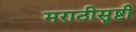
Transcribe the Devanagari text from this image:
मराठीसृष्टी